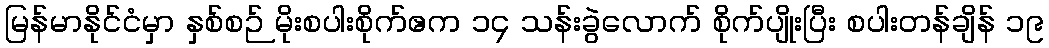
မြန်မာနိုင်ငံမှာ နှစ်စဉ် မိုးစပါးစိုက်ဧက ၁၄ သန်းခွဲလောက် စိုက်ပျိုးပြီး စပါးတန်ချိန် ၁၉